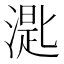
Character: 𣼮